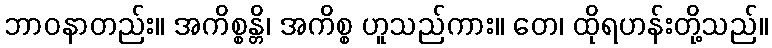
ဘာဝနာတည်း။ အကိစ္စန္တိ၊ အကိစ္စ ဟူသည်ကား။ တေ၊ ထိုရဟန်းတို့သည်။